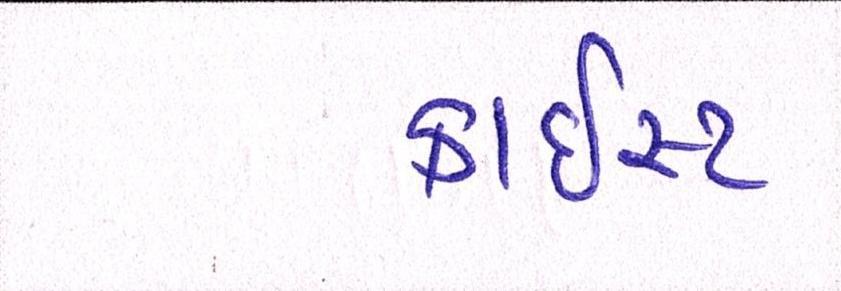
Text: ક્રાઇસ્ટ